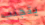
يتجنب